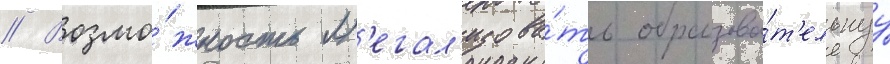
// Возмо́жность л'егал'изова́ть образова́т'ельнуу